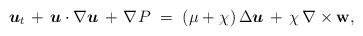
LaTeX: \begin{align*}\mbox{\boldmath $u$}_t\;\!+\,\mbox{\boldmath $u$} \cdot \nabla \mbox{\boldmath $u$}\,+\;\!\nabla \:\!{ P}\;=\;(\:\!\mu + \chi\:\!) \, \Delta \mbox{\boldmath $u$}\,+\,\chi \, \nabla \times {\bf w},\end{align*}